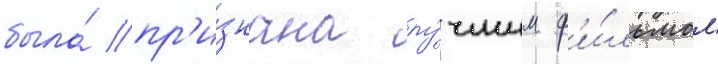
была́ пр'и́знана лу́чшим ф'и́льмом